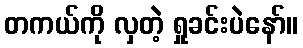
တကယ်ကို လှတဲ့ ရှုခင်းပဲနော်။